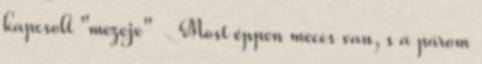
kapcsolt "mezeje" Most éppen meccs van, s a párom